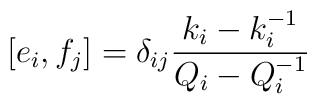
\lbrack e_{i},f_{j}]=\delta _{ij}\frac{k_{i}-k_{i}^{-1}}{Q_{i}-Q_{i}^{-1}}